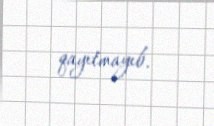
qayıtmayıb.